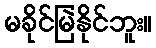
မခိုင်မြဲနိုင်ဘူး။